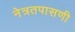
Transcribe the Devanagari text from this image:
नेत्रतपासणी